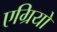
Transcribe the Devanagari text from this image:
एग्रियो